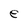
Character: e